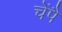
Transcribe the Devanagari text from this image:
चेंपै